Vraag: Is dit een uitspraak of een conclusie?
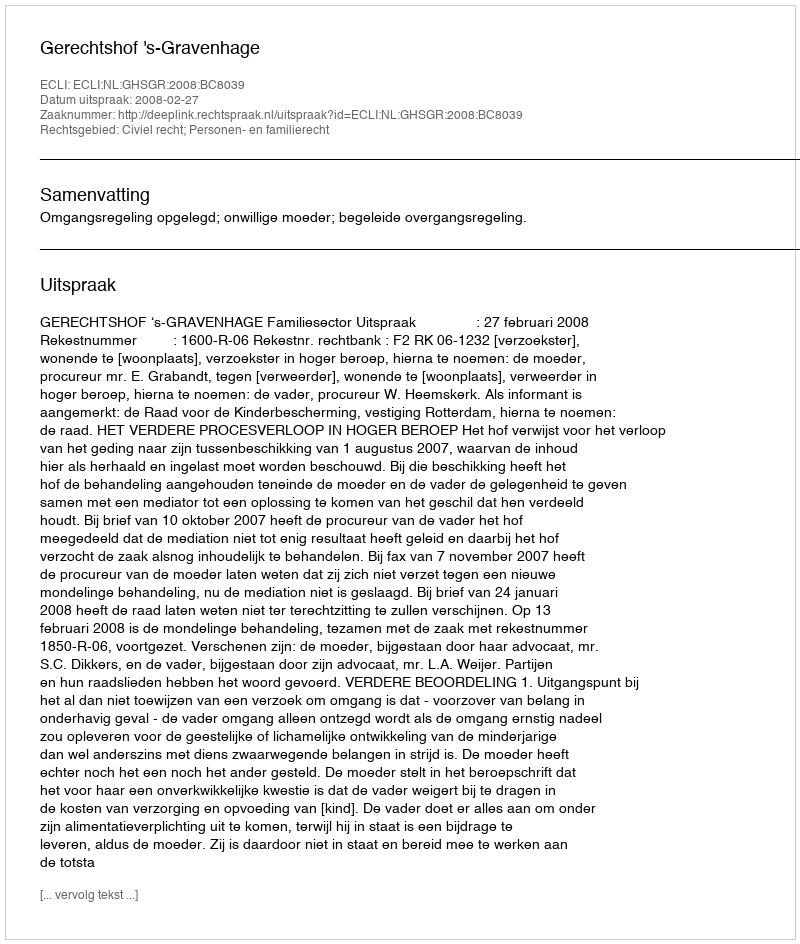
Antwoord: Uitspraak